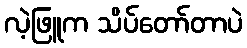
လဲ့ဖြူက သိပ်တော်တာပဲ